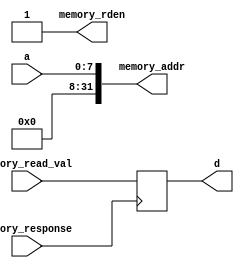
`ifndef __INSTRUCTIONMEMORY_V__
`define __INSTRUCTIONMEMORY_V__

module InstructionMemory # ( // asynchronous memory with 256 32 - bit locations for instruction memory
	parameter S = 32,
	parameter L = 256
	)	(
	input wire [$clog2(L)-1:0] a,
	output reg [S-1:0] d,

	output reg [31:0] memory_addr,
	output reg memory_rden,
	input wire [31:0] memory_read_val,
	input wire memory_response
	);

	always @ (a)
	begin
		memory_addr <= a;
		memory_rden <= 1'b1;
	end

	always @ (posedge memory_response)
	begin
		if (memory_rden)
		begin
			d <= memory_read_val;
			memory_rden <= 1'b0;
		end
	end

endmodule

`endif /*__INSTRUCTIONMEMORY_V__*/